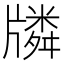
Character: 𤗷